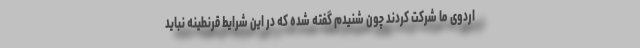
اردوی ما شرکت کردند چون شنیدم گفته شده که در این شرایط قرنطینه نباید